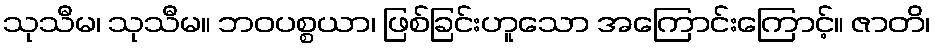
သုသီမ၊ သုသီမ။ ဘဝပစ္စယာ၊ ဖြစ်ခြင်းဟူသော အကြောင်းကြောင့်။ ဇာတိ၊